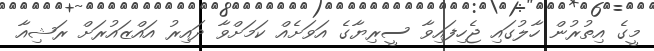
މީގެ އިތުރުން ހާލުގައި ޖެހިފައިވާ ސީރިޔާގެ އަވަށެއް ކަމަށްވާ ދައިރު އައްޒައުރަށް ރަޝިއާ